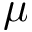
\boldsymbol { \mu }